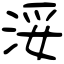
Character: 浽